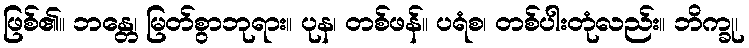
ဖြစ်၏။ ဘန္တေ၊ မြတ်စွာဘုရား။ ပုန၊ တစ်ဖန်။ ပရံစ၊ တစ်ပါးတုံလည်း။ ဘိက္ခု၊